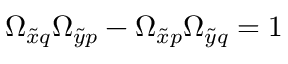
\Omega _ { \tilde { x } q } \Omega _ { \tilde { y } p } - \Omega _ { \tilde { x } p } \Omega _ { \tilde { y } q } = 1